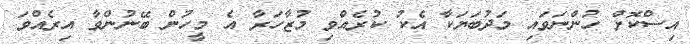
އިސްކޮށް ހުންނަވައި މަދުބަޔަކާ އެކު ކުރެއްވި މުޒާހަރާ އެ މީހުން ބޭނުންވާ އިރެއްވަ